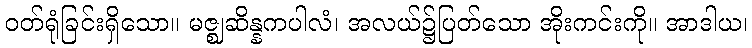
ဝတ်ရုံခြင်းရှိသော။ မဇ္ဈဆိန္နကပါလံ၊ အလယ်၌ပြတ်သော အိုးကင်းကို။ အာဒါယ၊